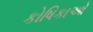
કોષિકાઓ